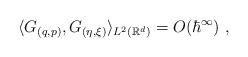
LaTeX: \begin{align*}\langle G_{(q,p)},G_{(\eta,\xi)}\rangle_{L^2(\mathbb{R}^d)}=O(\hbar^\infty) \ ,\end{align*}